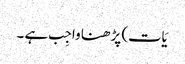
یَات) پڑھنا واجِب ہے ۔